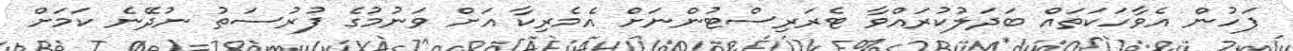
ފަހުން އެވާހަކަތައް ބަދަލުކުރައްވާ ޓެރަރިސްޓުންނަށް އެމެރިކާ އަށް ވަނުމުގެ ފުރުސަތު ނުދޭނެ ކަމަށް